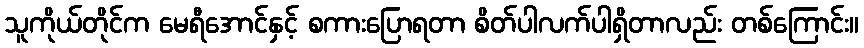
သူကိုယ်တိုင်က မေရီအောင်နှင့် စကားပြောရတာ စိတ်ပါလက်ပါရှိတာလည်း တစ်ကြောင်း။